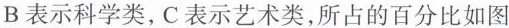
B表示科学类，C表示艺术类，所占的百分比如图